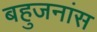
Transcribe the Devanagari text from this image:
बहुजनांस